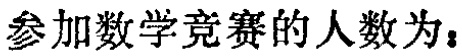
参加数学竞赛的人数为：